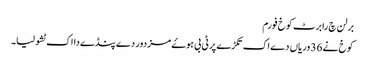
برلن چ رابرٹ کوخ فورم
کوخ نے 36 وریاں دے اک تکڑے پر ٹی بی ہوۓ مزدور دے پنڈے دا اک ٹشو لیا۔